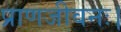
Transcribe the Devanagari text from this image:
प्राणजीवनः।